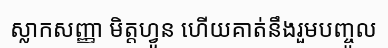
ស្លាកសញ្ញា មិត្តហ្វូន ហើយគាត់នឹងរួមបញ្ចូល